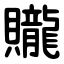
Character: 贚